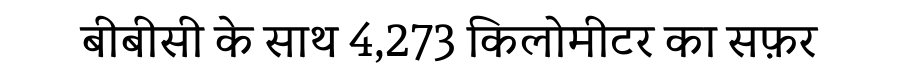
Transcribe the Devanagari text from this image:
बीबीसी के साथ 4,273 किलोमीटर का सफ़र